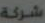
شركة